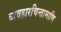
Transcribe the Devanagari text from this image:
व्यवहारचिन्तामाणि